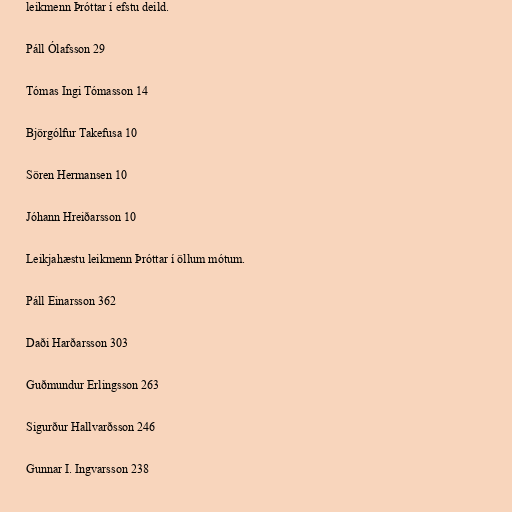
leikmenn Þróttar í efstu deild.

Páll Ólafsson 29

Tómas Ingi Tómasson 14

Björgólfur Takefusa 10

Sören Hermansen 10

Jóhann Hreiðarsson 10

Leikjahæstu leikmenn Þróttar í öllum mótum.

Páll Einarsson 362

Daði Harðarsson 303

Guðmundur Erlingsson 263

Sigurður Hallvarðsson 246

Gunnar I. Ingvarsson 238